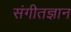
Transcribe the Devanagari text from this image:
संगीतज्ञान